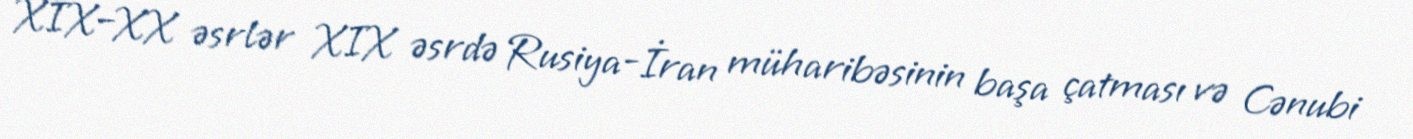
XIX–XX əsrlər XIX əsrdə Rusiya-İran müharibəsinin başa çatması və Cənubi